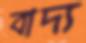
বাদ্য